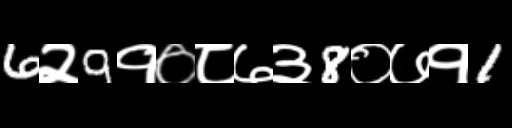
Text: 6२9१०८७३8०७१1